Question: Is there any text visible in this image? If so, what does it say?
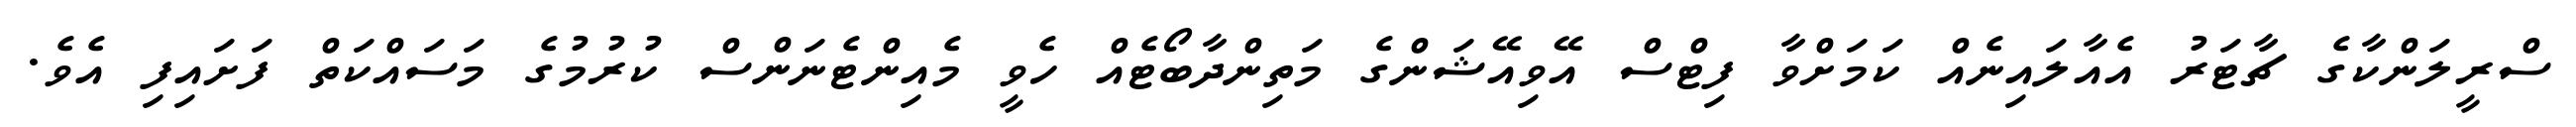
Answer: ސްރީލަންކާގެ ޗާޓަރު އެއާލައިނެއް ކަމަށްވާ ފިޓްސް އޭވިއޭޝަންގެ މަތިންދާބޯޓެއް ހެވީ މެއިންޓެނަންސް ކުރުމުގެ މަސައްކަތް ފަށައިފި އެވެ.